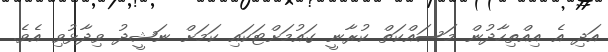
އަދި އެ އިއްތިހާދުން މަސައްކަތް ކުރާނީ ގައުމަށްޓަކައި ކަމަށް ނަޝީދު ވިދާޅުވި އެވެ.